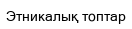
Этникалық топтар